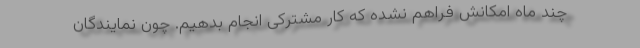
چند ماه امکانش فراهم نشده که کار مشترکی انجام بدهیم. چون نمایندگان